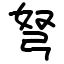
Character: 弩